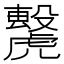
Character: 𧈌